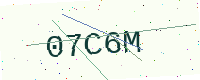
Text: 07C6M